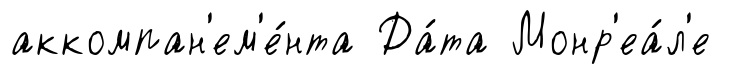
аккомпан'ем'е́нта Да́та Монр'еа́л'е